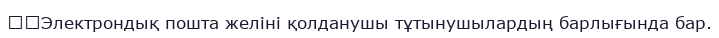
	Электрондық пошта желіні қолданушы тұтынушылардың барлығында бар.